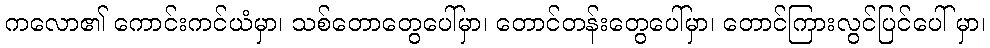
ကလော၏ ကောင်းကင်ယံမှာ၊ သစ်တောတွေပေါ်မှာ၊ တောင်တန်းတွေပေါ်မှာ၊ တောင်ကြားလွင်ပြင်ပေါ် မှာ၊